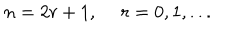
n = 2 r + 1 , \ r = 0 , 1 , . . .